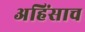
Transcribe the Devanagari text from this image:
अहिंसाच